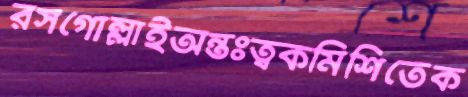
রসগোল্লাইঅন্তঃত্বকমিশিতেক